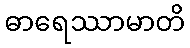
ဓာရေဿာမာတိ